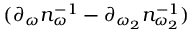
( \partial _ { \omega } n _ { \omega } ^ { - 1 } - \partial _ { \omega _ { 2 } } n _ { \omega _ { 2 } } ^ { - 1 } )